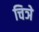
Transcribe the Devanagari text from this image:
चिञे